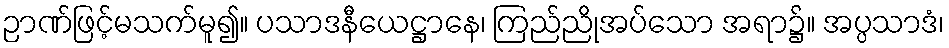
ဉာဏ်ဖြင့်မသက်မူ၍။ ပသာဒနီယေဋ္ဌာနေ၊ ကြည်ညိုအပ်သော အရာ၌။ အပ္ပသာဒံ၊